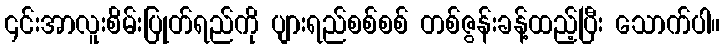
၎င်းအာလူးစိမ်းပြုတ်ရည်ကို ပျားရည်စစ်စစ် တစ်ဇွန်းခန့်ထည့်ပြီး သောက်ပါ။